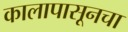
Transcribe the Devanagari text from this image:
कालापासूनचा